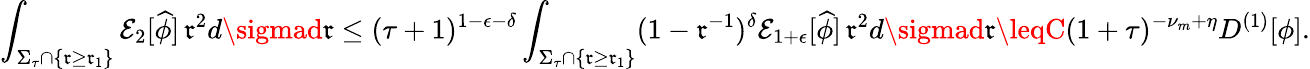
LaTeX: \int_{\Sigma_{\tau}\cap\{ \mathfrak{r}\geq\mathfrak{r}_{1}\} }\mathcal{{E}}_{2}[\widehat{{\phi}}]\, \mathfrak{r}^{2}d\sigmad\mathfrak{r}\leq(\tau+1)^{1-\epsilon-\delta}\int_{\Sigma_{\tau}\cap\{ \mathfrak{r}\geq\mathfrak{r}_{1}\} }(1-\mathfrak{r}^{-1})^{\delta}\mathcal{{E}}_{1+\epsilon}[\widehat{{\phi}}]\, \mathfrak{r}^{2}d\sigmad\mathfrak{r}\leqC(1+\tau)^{-\nu_{m}+\eta}D^{(1)}[\phi].